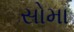
સોમા